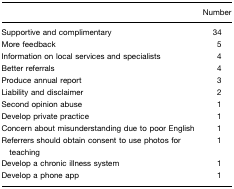
<table><thead><tr><td></td><td><b>Number</b></td></tr></thead><tbody><tr><td>Supportive and complimentary</td><td>34</td></tr><tr><td>More feedback</td><td>5</td></tr><tr><td>Information on local services and specialists</td><td>4</td></tr><tr><td>Better referrals</td><td>4</td></tr><tr><td>Produce annual report</td><td>3</td></tr><tr><td>Liability and disclaimer</td><td>2</td></tr><tr><td>Second opinion abuse</td><td>1</td></tr><tr><td>Develop private practice</td><td>1</td></tr><tr><td>Concern about misunderstanding due to poor English</td><td>1</td></tr><tr><td>Referrers should obtain consent to use photos for teaching</td><td>1</td></tr><tr><td>Develop a chronic illness system</td><td>1</td></tr><tr><td>Develop a phone app</td><td>1</td></tr></tbody></table>